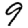
Digit: 9